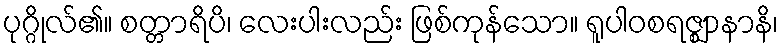
ပုဂ္ဂိုလ်၏။ စတ္တာရိပိ၊ လေးပါးလည်း ဖြစ်ကုန်သော။ ရူပါဝစရဇ္ဈာနာနိ၊